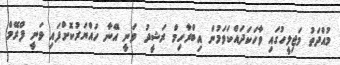
މުއްދަތު މަޖިލީހުގައި ވާހަކަދައްކަވަމުން އިބްރާހިމް ރަޝީދު ވަނީ އޭނާ ހައްޔަރުކޮށްފައި ވަނީ ފްރޭމް